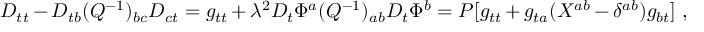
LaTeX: D _ { t t } - D _ { t b } ( Q ^ { - 1 } ) _ { b c } D _ { c t } = g _ { t t } + \lambda ^ { 2 } D _ { t } \Phi ^ { a } ( Q ^ { - 1 } ) _ { a b } D _ { t } \Phi ^ { b } = P [ g _ { t t } + g _ { t a } ( X ^ { a b } - \delta ^ { a b } ) g _ { b t } ] \ ,